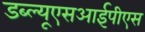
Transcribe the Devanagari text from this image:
डब्ल्यूएसआईपीएस